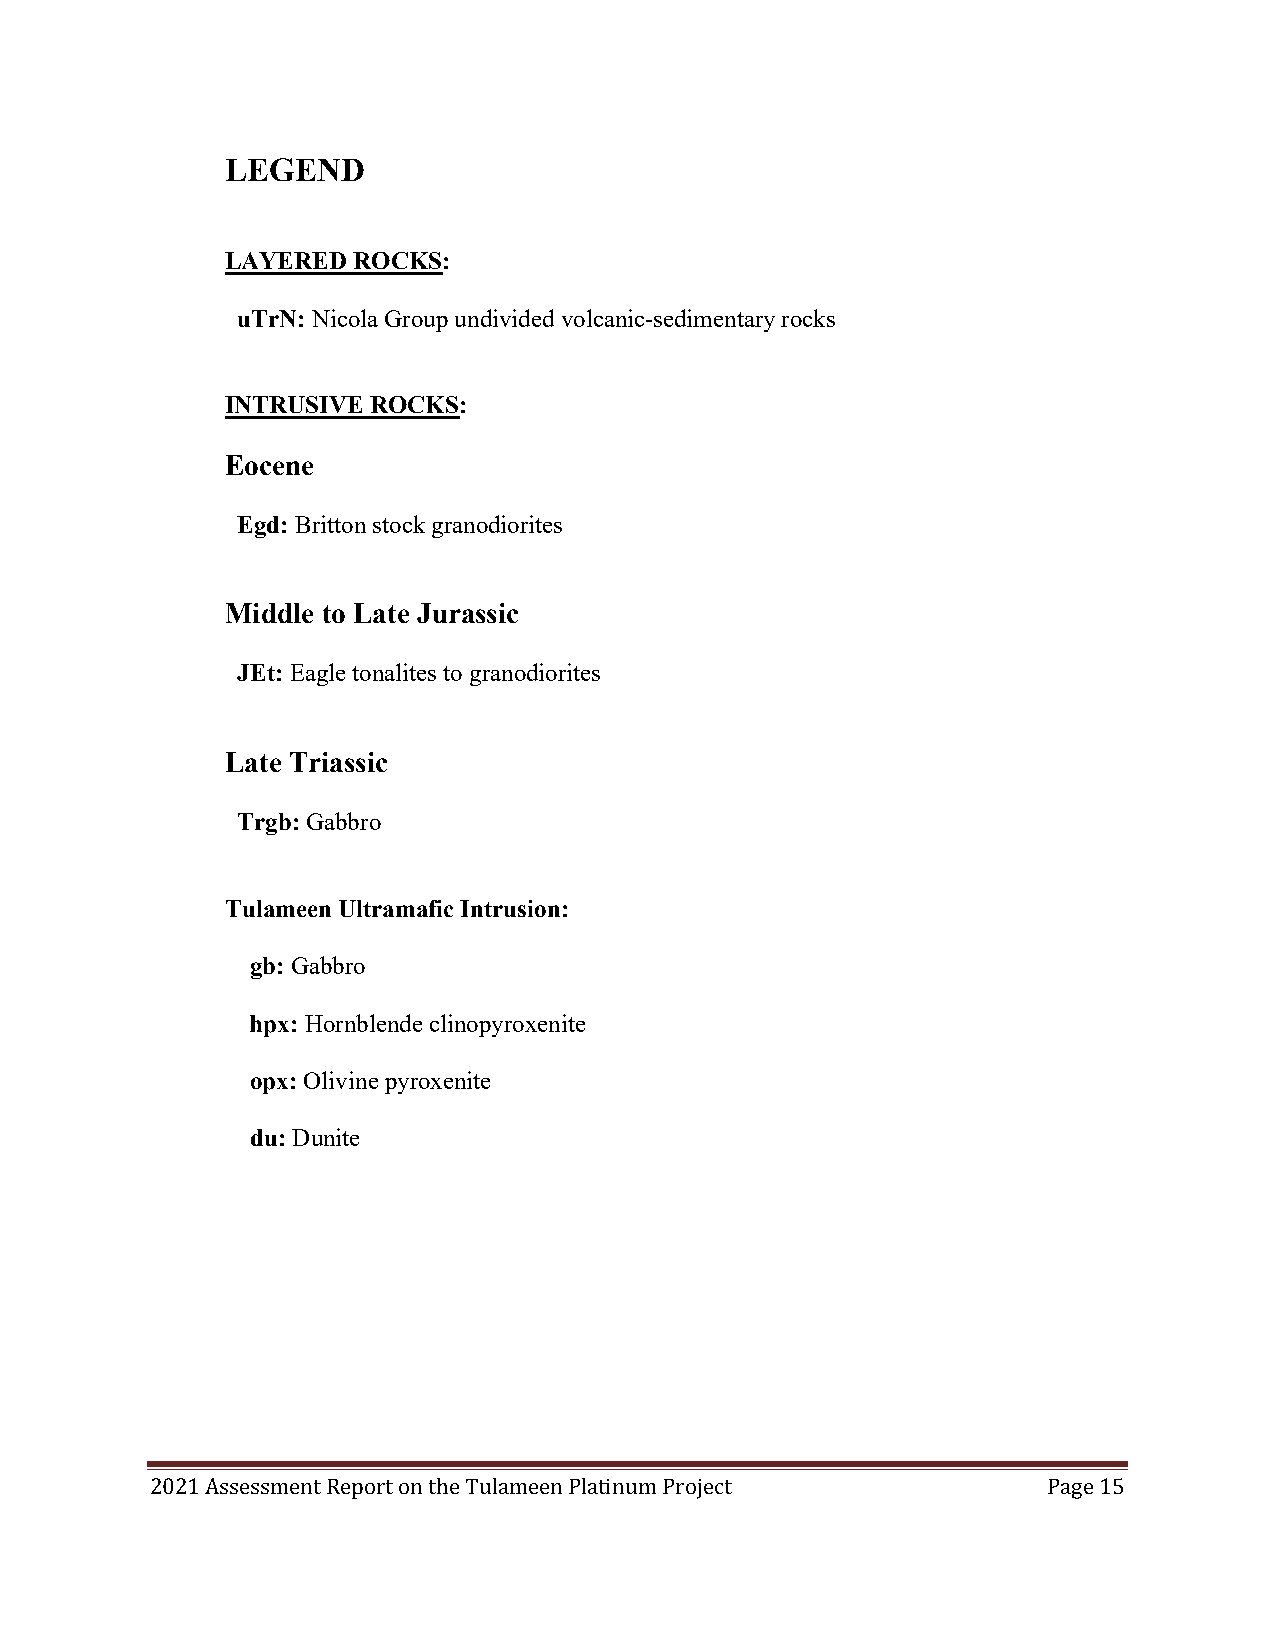
LEGEND
 LAYERED ROCKS:
 uTrN: Nicola Group undivided volcanic-sedimentary rocks
 INTRUSIVE ROCKS:
 Eocene
 Egd: Britton stock granodiorites
 Middle to Late Jurassic
 JEt: Eagle tonalites to granodiorites
 Late Triassic
 Trgb: Gabbro
 Tulameen Ultramafic Intrusion:
 gb: Gabbro
 hpx: Hornblende clinopyroxenite
 opx: Olivine pyroxenite
 du: Dunite
 2021 Assessment Report on the Tulameen Platinum Project    Page 15